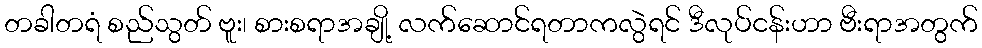
တခါတရံ စည်သွတ် ဗူး၊ စားစရာအချို့ လက်ဆောင်ရတာကလွဲရင် ဒီလုပ်ငန်းဟာ ဗီးရာအတွက်